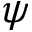
\psi